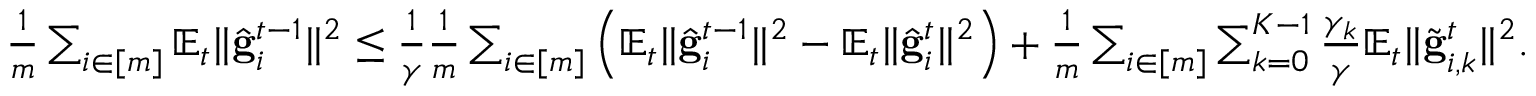
\begin{array} { r } { \frac { 1 } { m } \sum _ { i \in [ m ] } \mathbb { E } _ { t } \Vert \hat { \mathbf { g } } _ { i } ^ { t - 1 } \Vert ^ { 2 } \leq \frac { 1 } { \gamma } \frac { 1 } { m } \sum _ { i \in [ m ] } \left( \mathbb { E } _ { t } \Vert \hat { \mathbf { g } } _ { i } ^ { t - 1 } \Vert ^ { 2 } - \mathbb { E } _ { t } \Vert \hat { \mathbf { g } } _ { i } ^ { t } \Vert ^ { 2 } \right) + \frac { 1 } { m } \sum _ { i \in [ m ] } \sum _ { k = 0 } ^ { K - 1 } \frac { \gamma _ { k } } { \gamma } \mathbb { E } _ { t } \Vert \tilde { \mathbf { g } } _ { i , k } ^ { t } \Vert ^ { 2 } . } \end{array}